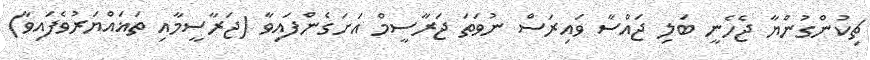
ޗިކުންގުންޔާ ޖެހެނީ ބަލި ޖައްސާ ވައިރަސް ނުވަތަ ޖަރާސީމް އަށަގެންފައިވާ (ޖަރާސީމާއި ތަޣައްޔަރުވެފައިވާ)